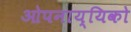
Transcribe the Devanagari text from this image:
ओपनाय्यिको